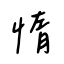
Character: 惰